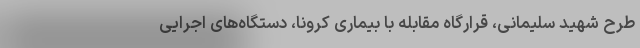
طرح شهید سلیمانی، قرارگاه مقابله با بیماری کرونا، دستگاه‌های اجرایی